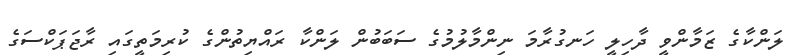
ލަންކާގެ ޒަމާންވީ ދާހިލީ ހަނގުރާމަ ނިންމާލުމުގެ ސަބަބުން ލަންކާ ރައްޔިތުންގެ ކުރިމަތީގައި ރާޖަޕަކްސަގެ